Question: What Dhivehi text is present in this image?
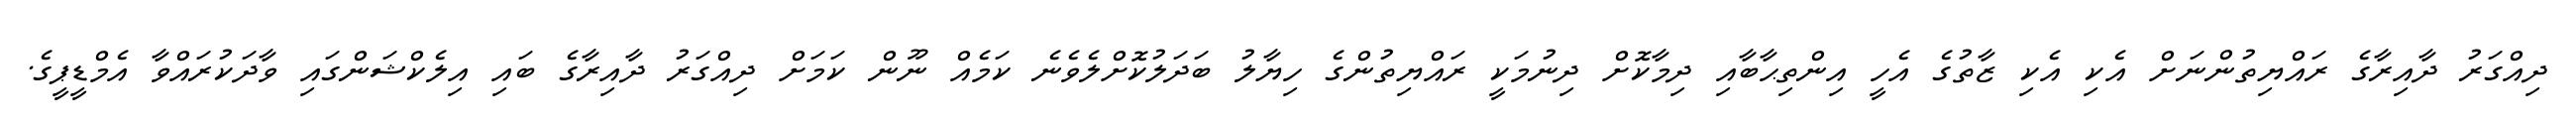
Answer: ދިއްގަރު ދާއިރާގެ ރައްޔިތުންނަށް އެކި އެކި ޒާތުގެ އެހީ އިންތިޙާބާއި ދިމާކޮށް ދިނުމަކީ ރައްޔިތުންގެ ހިޔާލު ބަދަލުކޮށްލެވެނެ ކަމެއް ނޫން ކަމަށް ދިއްގަރު ދާއިރާގެ ބައި އިލެކްޝަންގައި ވާދަކުރައްވާ އެމްޑީޕީގެ.